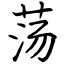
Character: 荡